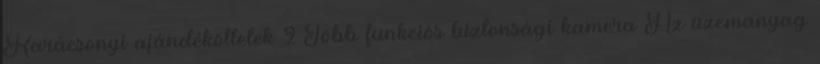
Karácsonyi ajándékötletek 2 Több funkciós biztonsági kamera Az üzemanyag